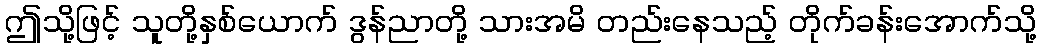
ဤသို့ဖြင့် သူတို့နှစ်ယောက် ဒွန်ညာတို့ သားအမိ တည်းနေသည့် တိုက်ခန်းအောက်သို့